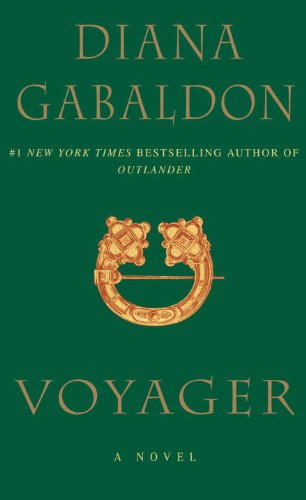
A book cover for Voyager (Outlander); Diana Gabaldon; Science Fiction & Fantasy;